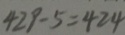
4 2 9 - 5 = 4 2 4